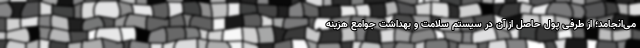
می‌انجامد؛ از طرفی پول حاصل از آن در سیستم سلامت و بهداشت جوامع هزینه